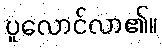
ပူလောင်လာ၏။